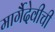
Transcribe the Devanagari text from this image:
मार्गैदेवीची